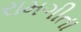
રામગીતા